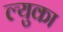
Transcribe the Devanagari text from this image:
ल्युका